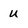
Character: u